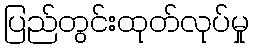
ပြည်တွင်းထုတ်လုပ်မှု